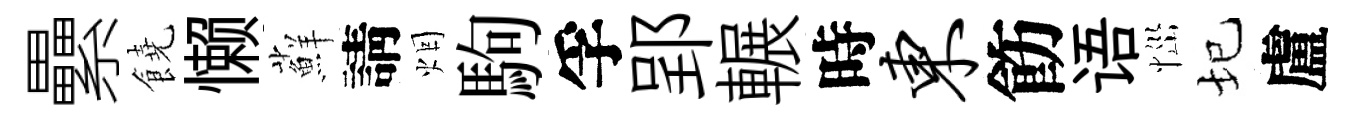
纍饒懒蘚請烟駒孚郢輾時东飭语𢙉圮盧